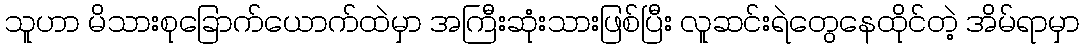
သူဟာ မိသားစုခြောက်ယောက်ထဲမှာ အကြီးဆုံးသားဖြစ်ပြီး လူဆင်းရဲတွေနေထိုင်တဲ့ အိမ်ရာမှာ